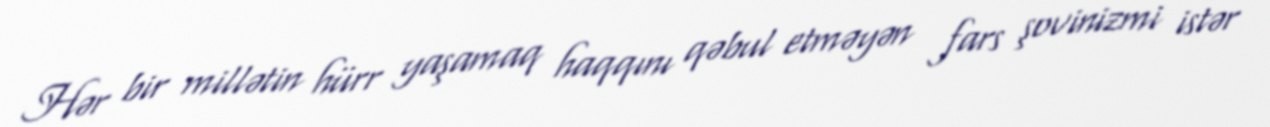
Hər bir millətin hürr yaşamaq haqqını qəbul etməyən fars şovinizmi istər